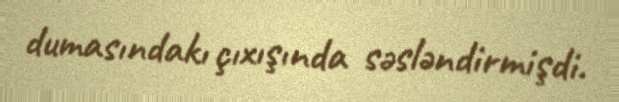
dumasındakı çıxışında səsləndirmişdi.